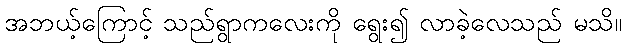
အဘယ့်ကြောင့် သည်ရွာကလေးကို ရွေး၍ လာခဲ့လေသည် မသိ။